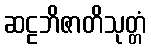
ဆဠဘိဇာတိသုတ္တံ